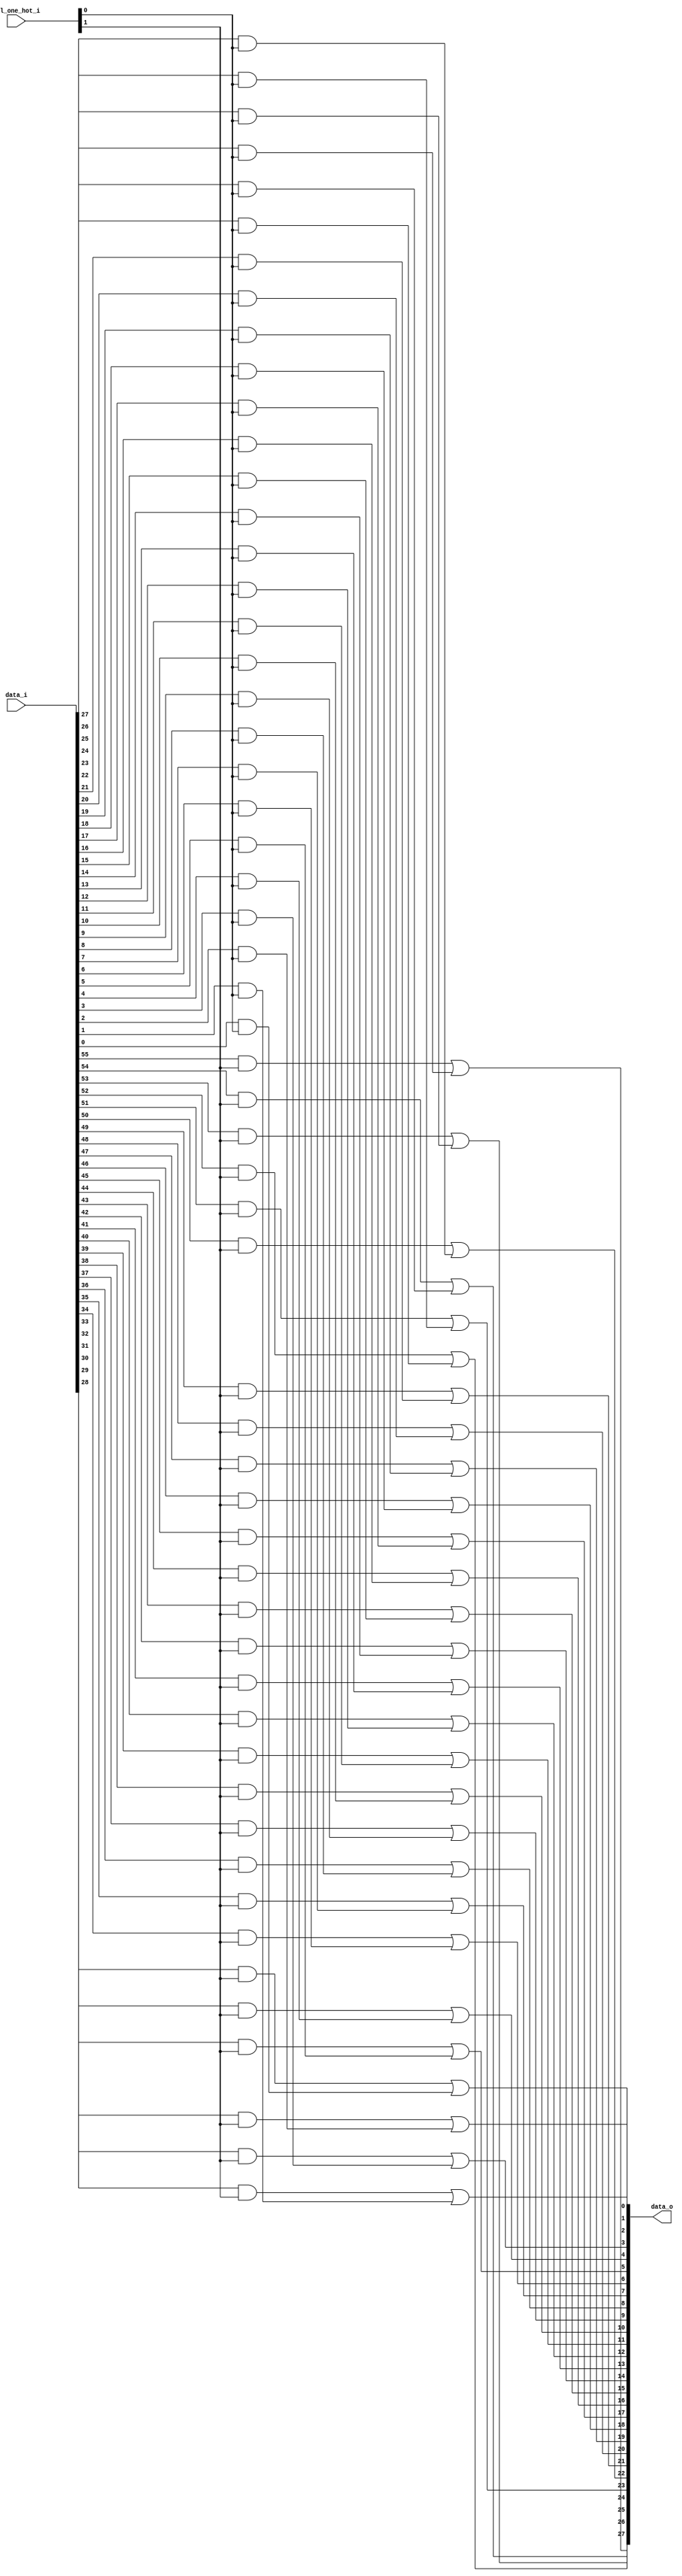
module bsg_mux_one_hot_width_p28_els_p2
(
  data_i,
  sel_one_hot_i,
  data_o
);

  input [55:0] data_i;
  input [1:0] sel_one_hot_i;
  output [27:0] data_o;
  wire [27:0] data_o;
  wire [55:0] data_masked;
  assign data_masked[27] = data_i[27] & sel_one_hot_i[0];
  assign data_masked[26] = data_i[26] & sel_one_hot_i[0];
  assign data_masked[25] = data_i[25] & sel_one_hot_i[0];
  assign data_masked[24] = data_i[24] & sel_one_hot_i[0];
  assign data_masked[23] = data_i[23] & sel_one_hot_i[0];
  assign data_masked[22] = data_i[22] & sel_one_hot_i[0];
  assign data_masked[21] = data_i[21] & sel_one_hot_i[0];
  assign data_masked[20] = data_i[20] & sel_one_hot_i[0];
  assign data_masked[19] = data_i[19] & sel_one_hot_i[0];
  assign data_masked[18] = data_i[18] & sel_one_hot_i[0];
  assign data_masked[17] = data_i[17] & sel_one_hot_i[0];
  assign data_masked[16] = data_i[16] & sel_one_hot_i[0];
  assign data_masked[15] = data_i[15] & sel_one_hot_i[0];
  assign data_masked[14] = data_i[14] & sel_one_hot_i[0];
  assign data_masked[13] = data_i[13] & sel_one_hot_i[0];
  assign data_masked[12] = data_i[12] & sel_one_hot_i[0];
  assign data_masked[11] = data_i[11] & sel_one_hot_i[0];
  assign data_masked[10] = data_i[10] & sel_one_hot_i[0];
  assign data_masked[9] = data_i[9] & sel_one_hot_i[0];
  assign data_masked[8] = data_i[8] & sel_one_hot_i[0];
  assign data_masked[7] = data_i[7] & sel_one_hot_i[0];
  assign data_masked[6] = data_i[6] & sel_one_hot_i[0];
  assign data_masked[5] = data_i[5] & sel_one_hot_i[0];
  assign data_masked[4] = data_i[4] & sel_one_hot_i[0];
  assign data_masked[3] = data_i[3] & sel_one_hot_i[0];
  assign data_masked[2] = data_i[2] & sel_one_hot_i[0];
  assign data_masked[1] = data_i[1] & sel_one_hot_i[0];
  assign data_masked[0] = data_i[0] & sel_one_hot_i[0];
  assign data_masked[55] = data_i[55] & sel_one_hot_i[1];
  assign data_masked[54] = data_i[54] & sel_one_hot_i[1];
  assign data_masked[53] = data_i[53] & sel_one_hot_i[1];
  assign data_masked[52] = data_i[52] & sel_one_hot_i[1];
  assign data_masked[51] = data_i[51] & sel_one_hot_i[1];
  assign data_masked[50] = data_i[50] & sel_one_hot_i[1];
  assign data_masked[49] = data_i[49] & sel_one_hot_i[1];
  assign data_masked[48] = data_i[48] & sel_one_hot_i[1];
  assign data_masked[47] = data_i[47] & sel_one_hot_i[1];
  assign data_masked[46] = data_i[46] & sel_one_hot_i[1];
  assign data_masked[45] = data_i[45] & sel_one_hot_i[1];
  assign data_masked[44] = data_i[44] & sel_one_hot_i[1];
  assign data_masked[43] = data_i[43] & sel_one_hot_i[1];
  assign data_masked[42] = data_i[42] & sel_one_hot_i[1];
  assign data_masked[41] = data_i[41] & sel_one_hot_i[1];
  assign data_masked[40] = data_i[40] & sel_one_hot_i[1];
  assign data_masked[39] = data_i[39] & sel_one_hot_i[1];
  assign data_masked[38] = data_i[38] & sel_one_hot_i[1];
  assign data_masked[37] = data_i[37] & sel_one_hot_i[1];
  assign data_masked[36] = data_i[36] & sel_one_hot_i[1];
  assign data_masked[35] = data_i[35] & sel_one_hot_i[1];
  assign data_masked[34] = data_i[34] & sel_one_hot_i[1];
  assign data_masked[33] = data_i[33] & sel_one_hot_i[1];
  assign data_masked[32] = data_i[32] & sel_one_hot_i[1];
  assign data_masked[31] = data_i[31] & sel_one_hot_i[1];
  assign data_masked[30] = data_i[30] & sel_one_hot_i[1];
  assign data_masked[29] = data_i[29] & sel_one_hot_i[1];
  assign data_masked[28] = data_i[28] & sel_one_hot_i[1];
  assign data_o[0] = data_masked[28] | data_masked[0];
  assign data_o[1] = data_masked[29] | data_masked[1];
  assign data_o[2] = data_masked[30] | data_masked[2];
  assign data_o[3] = data_masked[31] | data_masked[3];
  assign data_o[4] = data_masked[32] | data_masked[4];
  assign data_o[5] = data_masked[33] | data_masked[5];
  assign data_o[6] = data_masked[34] | data_masked[6];
  assign data_o[7] = data_masked[35] | data_masked[7];
  assign data_o[8] = data_masked[36] | data_masked[8];
  assign data_o[9] = data_masked[37] | data_masked[9];
  assign data_o[10] = data_masked[38] | data_masked[10];
  assign data_o[11] = data_masked[39] | data_masked[11];
  assign data_o[12] = data_masked[40] | data_masked[12];
  assign data_o[13] = data_masked[41] | data_masked[13];
  assign data_o[14] = data_masked[42] | data_masked[14];
  assign data_o[15] = data_masked[43] | data_masked[15];
  assign data_o[16] = data_masked[44] | data_masked[16];
  assign data_o[17] = data_masked[45] | data_masked[17];
  assign data_o[18] = data_masked[46] | data_masked[18];
  assign data_o[19] = data_masked[47] | data_masked[19];
  assign data_o[20] = data_masked[48] | data_masked[20];
  assign data_o[21] = data_masked[49] | data_masked[21];
  assign data_o[22] = data_masked[50] | data_masked[22];
  assign data_o[23] = data_masked[51] | data_masked[23];
  assign data_o[24] = data_masked[52] | data_masked[24];
  assign data_o[25] = data_masked[53] | data_masked[25];
  assign data_o[26] = data_masked[54] | data_masked[26];
  assign data_o[27] = data_masked[55] | data_masked[27];

endmodule